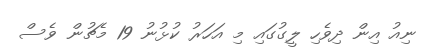
ނިއު އިން ދިވެހި ލީގުގައި މި އަހަރު ކުޅުނު 19 މެޗުން ވެސް